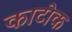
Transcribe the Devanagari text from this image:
काटोक